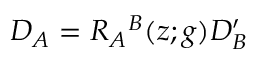
D _ { { \cal A } } = { \cal R } _ { { \cal A } } { } ^ { { \cal B } } ( z ; g ) D _ { { \cal B } } ^ { \prime }